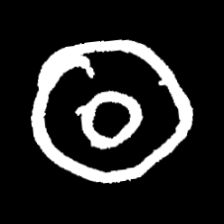
Pyu character \u2014 Myanmar letter: ထ (romanized: tha)